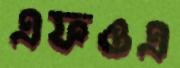
এফওএ